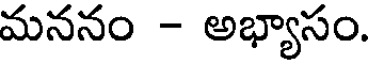
మననం - అభ్యాసం.